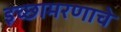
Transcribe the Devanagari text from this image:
इच्छामरणाचे